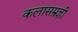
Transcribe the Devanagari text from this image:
कलासम्रज्ञी